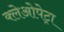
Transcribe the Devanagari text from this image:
क्लेओपेट्रा